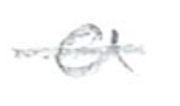
Text: a
Cross-out: single-line
Writing tool: pencil